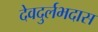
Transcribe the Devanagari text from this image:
देवदुर्लभदास